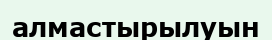
алмастырылуын